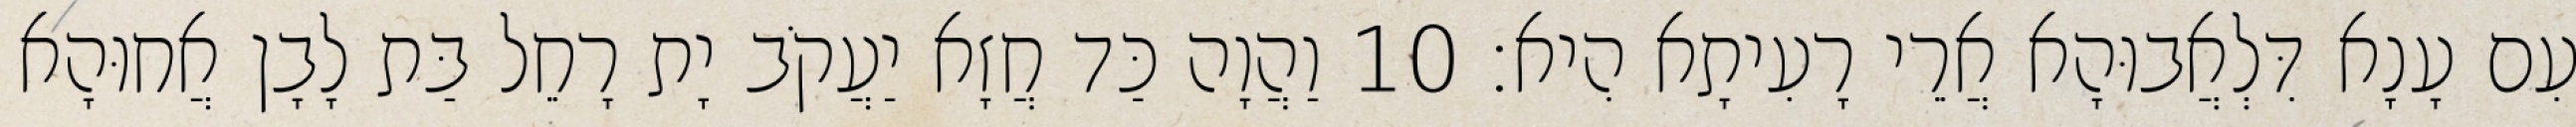
עִם עָנָא דִּלְאֲבוּהָא אֲרֵי רָעִיתָא הִיא׃ 10 וַהֲוָה כַּד חֲזָא יַעֲקֹב יָת רָחֵל בַּת לָבָן אֲחוּהָא